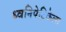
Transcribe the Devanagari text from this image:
ध्वनिपेटिकेला